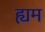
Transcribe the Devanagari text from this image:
ह्यम